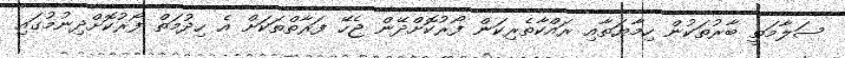
ސަލާމަތީ ބާރުތަކުން ހިމާޔަތާއި ރައްކާތެރިކަން ފޯރުކޮށްދޭން ޖެހޭ ފަރާތްތަކަށް އެ ހިދުމަތް ފޯރުކޮށްދިނުމުގައި